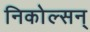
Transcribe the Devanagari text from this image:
निकोल्सन्‌